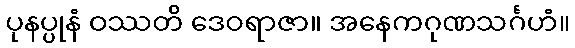
ပုနပ္ပုနံ ဝဿတိ ဒေဝရာဇာ။ အနေကဂုဏသင်္ဂဟံ။